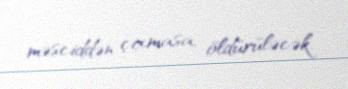
məsciddən çıxmasa, öldürüləcək.